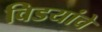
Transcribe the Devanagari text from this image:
विडयांचे